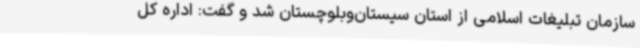
سازمان تبلیغات اسلامی از استان سیستان‌وبلوچستان شد و گفت: اداره کل